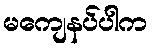
မကျေနပ်ပါက